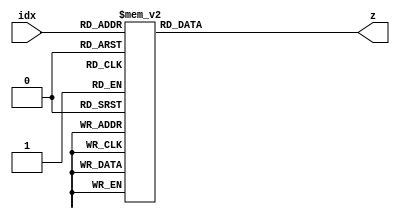
`timescale 1ns/100ps
////////////////////////////////////////////////////////////////
module idx2gf8(
       input [2:0] idx,
       output reg [2:0] z
       );
                                                                             
always @( * ) begin
  case (idx) 
	3'd  0: z = 3'd1;   
	3'd  1: z = 3'd2;  //a^0
	3'd  2: z = 3'd4;  //a^1
	3'd  3: z = 3'd3;
	3'd  4: z = 3'd6;
	3'd  5: z = 3'd7;
	3'd  6: z = 3'd5;
	3'd  7: z = 3'd1;
endcase
end
endmodule

////////////////////////////////////////////////////////////////
module idx2gf16(
       input [3:0] idx,
       output reg [3:0] z
       );
                                                                             
always @( * ) begin
  case (idx) 
	4'd  0: z = 4'd 1;   
	4'd  1: z = 4'd 2;  //a^0
	4'd  2: z = 4'd 4;  //a^1
	4'd  3: z = 4'd 8;
	4'd  4: z = 4'd 3;
	4'd  5: z = 4'd 6;
	4'd  6: z = 4'd12;
	4'd  7: z = 4'd11;
	4'd  8: z = 4'd 5;
	4'd  9: z = 4'd10;
	4'd 10: z = 4'd 7;
	4'd 11: z = 4'd14;
	4'd 12: z = 4'd15;
	4'd 13: z = 4'd13;
	4'd 14: z = 4'd 9;
	4'd 15: z = 4'd 1;
endcase
end
endmodule


////////////////////////////////////////////////////////////////
module idx2gf32(
       input [4:0] idx,
       output reg [4:0] z
       );
                                                                             
always @( * ) begin
  case (idx) 
	5'd  0: z = 5'd 1;   
	5'd  1: z = 5'd 2;  //a^0
	5'd  2: z = 5'd 4;  //a^1
	5'd  3: z = 5'd 8;
	5'd  4: z = 5'd16;
	5'd  5: z = 5'd 5;
	5'd  6: z = 5'd10;
	5'd  7: z = 5'd20;
	5'd  8: z = 5'd13;
	5'd  9: z = 5'd26;
	5'd 10: z = 5'd17;
	5'd 11: z = 5'd 7;
	5'd 12: z = 5'd14;
	5'd 13: z = 5'd28;
	5'd 14: z = 5'd29;
	5'd 15: z = 5'd31;
	5'd 16: z = 5'd27;
	5'd 17: z = 5'd19;
	5'd 18: z = 5'd 3;
	5'd 19: z = 5'd 6;
	5'd 20: z = 5'd12;
	5'd 21: z = 5'd24;
	5'd 22: z = 5'd21;
	5'd 23: z = 5'd15;
	5'd 24: z = 5'd30;
	5'd 25: z = 5'd25;
	5'd 26: z = 5'd23;
	5'd 27: z = 5'd11;
	5'd 28: z = 5'd22;
	5'd 29: z = 5'd 9;
	5'd 30: z = 5'd18;
	5'd 31: z = 5'd 1;
endcase
end
endmodule
 
////////////////////////////////////////////////////////////////
module idx2gf64(
       input [5:0] idx,
       output reg [5:0] z
       );
                                                                             
always @( * ) begin
  case (idx) 
	6'd  0: z = 6'd  1;   
	6'd  1: z = 6'd  2;  //a^0
	6'd  2: z = 6'd  4;  //a^1
	6'd  3: z = 6'd  8;
	6'd  4: z = 6'd 16;
	6'd  5: z = 6'd 32;
	6'd  6: z = 6'd  3;
	6'd  7: z = 6'd  6;
	6'd  8: z = 6'd 12;
	6'd  9: z = 6'd 24;
	6'd 10: z = 6'd 48;
	6'd 11: z = 6'd 35;
	6'd 12: z = 6'd  5;
	6'd 13: z = 6'd 10;
	6'd 14: z = 6'd 20;
	6'd 15: z = 6'd 40;
	6'd 16: z = 6'd 19;
	6'd 17: z = 6'd 38;
	6'd 18: z = 6'd 15;
	6'd 19: z = 6'd 30;
	6'd 20: z = 6'd 60;
	6'd 21: z = 6'd 59;
	6'd 22: z = 6'd 53;
	6'd 23: z = 6'd 41;
	6'd 24: z = 6'd 17;
	6'd 25: z = 6'd 34;
	6'd 26: z = 6'd  7;
	6'd 27: z = 6'd 14;
	6'd 28: z = 6'd 28;
	6'd 29: z = 6'd 56;
	6'd 30: z = 6'd 51;
	6'd 31: z = 6'd 37;
	6'd 32: z = 6'd  9;
	6'd 33: z = 6'd 18;
	6'd 34: z = 6'd 36;
	6'd 35: z = 6'd 11;
	6'd 36: z = 6'd 22;
	6'd 37: z = 6'd 44;
	6'd 38: z = 6'd 27;
	6'd 39: z = 6'd 54;
	6'd 40: z = 6'd 47;
	6'd 41: z = 6'd 29;
	6'd 42: z = 6'd 58;
	6'd 43: z = 6'd 55;
	6'd 44: z = 6'd 45;
	6'd 45: z = 6'd 25;
	6'd 46: z = 6'd 50;
	6'd 47: z = 6'd 39;
	6'd 48: z = 6'd 13;
	6'd 49: z = 6'd 26;
	6'd 50: z = 6'd 52;
	6'd 51: z = 6'd 43;
	6'd 52: z = 6'd 21;
	6'd 53: z = 6'd 42;
	6'd 54: z = 6'd 23;
	6'd 55: z = 6'd 46;
	6'd 56: z = 6'd 31;
	6'd 57: z = 6'd 62;
	6'd 58: z = 6'd 63;
	6'd 59: z = 6'd 61;
	6'd 60: z = 6'd 57;
	6'd 61: z = 6'd 49;
	6'd 62: z = 6'd 33;
	6'd 63: z = 6'd  1;

endcase
end
endmodule

////////////////////////////////////////////////////////////////
module idx2gf128(
       input [6:0] idx,
       output reg [6:0] z
       );
                                                                             
always @( * ) begin
  case (idx) 
	7'd  0: z = 7'd  1;   
	7'd  1: z = 7'd  2;  //a^0
	7'd  2: z = 7'd  4;  //a^1
	7'd  3: z = 7'd  8;
	7'd  4: z = 7'd 16;
	7'd  5: z = 7'd 32;
	7'd  6: z = 7'd 64;
	7'd  7: z = 7'd  9;
	7'd  8: z = 7'd 18;
	7'd  9: z = 7'd 36;
	7'd 10: z = 7'd 72;
	7'd 11: z = 7'd 25;
	7'd 12: z = 7'd 50;
	7'd 13: z = 7'd100;
	7'd 14: z = 7'd 65;
	7'd 15: z = 7'd 11;
	7'd 16: z = 7'd 22;
	7'd 17: z = 7'd 44;
	7'd 18: z = 7'd 88;
	7'd 19: z = 7'd 57;
	7'd 20: z = 7'd114;
	7'd 21: z = 7'd109;
	7'd 22: z = 7'd 83;
	7'd 23: z = 7'd 47;
	7'd 24: z = 7'd 94;
	7'd 25: z = 7'd 53;
	7'd 26: z = 7'd106;
	7'd 27: z = 7'd 93;
	7'd 28: z = 7'd 51;
	7'd 29: z = 7'd102;
	7'd 30: z = 7'd 69;
	7'd 31: z = 7'd  3;
	7'd 32: z = 7'd  6;
	7'd 33: z = 7'd 12;
	7'd 34: z = 7'd 24;
	7'd 35: z = 7'd 48;
	7'd 36: z = 7'd 96;
	7'd 37: z = 7'd 73;
	7'd 38: z = 7'd 27;
	7'd 39: z = 7'd 54;
	7'd 40: z = 7'd108;
	7'd 41: z = 7'd 81;
	7'd 42: z = 7'd 43;
	7'd 43: z = 7'd 86;
	7'd 44: z = 7'd 37;
	7'd 45: z = 7'd 74;
	7'd 46: z = 7'd 29;
	7'd 47: z = 7'd 58;
	7'd 48: z = 7'd116;
	7'd 49: z = 7'd 97;
	7'd 50: z = 7'd 75;
	7'd 51: z = 7'd 31;
	7'd 52: z = 7'd 62;
	7'd 53: z = 7'd124;
	7'd 54: z = 7'd113;
	7'd 55: z = 7'd107;
	7'd 56: z = 7'd 95;
	7'd 57: z = 7'd 55;
	7'd 58: z = 7'd110;
	7'd 59: z = 7'd 85;
	7'd 60: z = 7'd 35;
	7'd 61: z = 7'd 70;
	7'd 62: z = 7'd  5;
	7'd 63: z = 7'd 10;
	7'd 64: z = 7'd 20;
	7'd 65: z = 7'd 40;
	7'd 66: z = 7'd 80;
	7'd 67: z = 7'd 41;
	7'd 68: z = 7'd 82;
	7'd 69: z = 7'd 45;
	7'd 70: z = 7'd 90;
	7'd 71: z = 7'd 61;
	7'd 72: z = 7'd122;
	7'd 73: z = 7'd125;
	7'd 74: z = 7'd115;
	7'd 75: z = 7'd111;
	7'd 76: z = 7'd 87;
	7'd 77: z = 7'd 39;
	7'd 78: z = 7'd 78;
	7'd 79: z = 7'd 21;
	7'd 80: z = 7'd 42;
	7'd 81: z = 7'd 84;
	7'd 82: z = 7'd 33;
	7'd 83: z = 7'd 66;
	7'd 84: z = 7'd 13;
	7'd 85: z = 7'd 26;
	7'd 86: z = 7'd 52;
	7'd 87: z = 7'd104;
	7'd 88: z = 7'd 89;
	7'd 89: z = 7'd 59;
	7'd 90: z = 7'd118;
	7'd 91: z = 7'd101;
	7'd 92: z = 7'd 67;
	7'd 93: z = 7'd 15;
	7'd 94: z = 7'd 30;
	7'd 95: z = 7'd 60;
	7'd 96: z = 7'd120;
	7'd 97: z = 7'd121;
	7'd 98: z = 7'd123;
	7'd 99: z = 7'd127;
	7'd100: z = 7'd119;
	7'd101: z = 7'd103;
	7'd102: z = 7'd 71;
	7'd103: z = 7'd  7;
	7'd104: z = 7'd 14;
	7'd105: z = 7'd 28;
	7'd106: z = 7'd 56;
	7'd107: z = 7'd112;
	7'd108: z = 7'd105;
	7'd109: z = 7'd 91;
	7'd110: z = 7'd 63;
	7'd111: z = 7'd126;
	7'd112: z = 7'd117;
	7'd113: z = 7'd 99;
	7'd114: z = 7'd 79;
	7'd115: z = 7'd 23;
	7'd116: z = 7'd 46;
	7'd117: z = 7'd 92;
	7'd118: z = 7'd 49;
	7'd119: z = 7'd 98;
	7'd120: z = 7'd 77;
	7'd121: z = 7'd 19;
	7'd122: z = 7'd 38;
	7'd123: z = 7'd 76;
	7'd124: z = 7'd 17;
	7'd125: z = 7'd 34;
	7'd126: z = 7'd 68;
	7'd127: z = 7'd  1;
endcase
end
endmodule
 


////////////////////////////////////////////////////////////////
module idx2gf256(
       input [7:0] idx,
       output reg [7:0] z
       );
                                                                             
always @( * ) begin
  case (idx) 
	8'd  0: z = 8'd  1;   
	8'd  1: z = 8'd  2;  //a^0
	8'd  2: z = 8'd  4;  //a^1
	8'd  3: z = 8'd  8;
	8'd  4: z = 8'd 16;
	8'd  5: z = 8'd 32;
	8'd  6: z = 8'd 64;
	8'd  7: z = 8'd128;
	8'd  8: z = 8'd 29;
	8'd  9: z = 8'd 58;
	8'd 10: z = 8'd116;
	8'd 11: z = 8'd232;
	8'd 12: z = 8'd205;
	8'd 13: z = 8'd135;
	8'd 14: z = 8'd 19;
	8'd 15: z = 8'd 38;
	8'd 16: z = 8'd 76;
	8'd 17: z = 8'd152;
	8'd 18: z = 8'd 45;
	8'd 19: z = 8'd 90;
	8'd 20: z = 8'd180;
	8'd 21: z = 8'd117;
	8'd 22: z = 8'd234;
	8'd 23: z = 8'd201;
	8'd 24: z = 8'd143;
	8'd 25: z = 8'd  3;
	8'd 26: z = 8'd  6;
	8'd 27: z = 8'd 12;
	8'd 28: z = 8'd 24;
	8'd 29: z = 8'd 48;
	8'd 30: z = 8'd 96;
	8'd 31: z = 8'd192;
	8'd 32: z = 8'd157;
	8'd 33: z = 8'd 39;
	8'd 34: z = 8'd 78;
	8'd 35: z = 8'd156;
	8'd 36: z = 8'd 37;
	8'd 37: z = 8'd 74;
	8'd 38: z = 8'd148;
	8'd 39: z = 8'd 53;
	8'd 40: z = 8'd106;
	8'd 41: z = 8'd212;
	8'd 42: z = 8'd181;
	8'd 43: z = 8'd119;
	8'd 44: z = 8'd238;
	8'd 45: z = 8'd193;
	8'd 46: z = 8'd159;
	8'd 47: z = 8'd 35;
	8'd 48: z = 8'd 70;
	8'd 49: z = 8'd140;
	8'd 50: z = 8'd  5;
	8'd 51: z = 8'd 10;
	8'd 52: z = 8'd 20;
	8'd 53: z = 8'd 40;
	8'd 54: z = 8'd 80;
	8'd 55: z = 8'd160;
	8'd 56: z = 8'd 93;
	8'd 57: z = 8'd186;
	8'd 58: z = 8'd105;
	8'd 59: z = 8'd210;
	8'd 60: z = 8'd185;
	8'd 61: z = 8'd111;
	8'd 62: z = 8'd222;
	8'd 63: z = 8'd161;
	8'd 64: z = 8'd 95;
	8'd 65: z = 8'd190;
	8'd 66: z = 8'd 97;
	8'd 67: z = 8'd194;
	8'd 68: z = 8'd153;
	8'd 69: z = 8'd 47;
	8'd 70: z = 8'd 94;
	8'd 71: z = 8'd188;
	8'd 72: z = 8'd101;
	8'd 73: z = 8'd202;
	8'd 74: z = 8'd137;
	8'd 75: z = 8'd 15;
	8'd 76: z = 8'd 30;
	8'd 77: z = 8'd 60;
	8'd 78: z = 8'd120;
	8'd 79: z = 8'd240;
	8'd 80: z = 8'd253;
	8'd 81: z = 8'd231;
	8'd 82: z = 8'd211;
	8'd 83: z = 8'd187;
	8'd 84: z = 8'd107;
	8'd 85: z = 8'd214;
	8'd 86: z = 8'd177;
	8'd 87: z = 8'd127;
	8'd 88: z = 8'd254;
	8'd 89: z = 8'd225;
	8'd 90: z = 8'd223;
	8'd 91: z = 8'd163;
	8'd 92: z = 8'd 91;
	8'd 93: z = 8'd182;
	8'd 94: z = 8'd113;
	8'd 95: z = 8'd226;
	8'd 96: z = 8'd217;
	8'd 97: z = 8'd175;
	8'd 98: z = 8'd 67;
	8'd 99: z = 8'd134;
	8'd100: z = 8'd 17;
	8'd101: z = 8'd 34;
	8'd102: z = 8'd 68;
	8'd103: z = 8'd136;
	8'd104: z = 8'd 13;
	8'd105: z = 8'd 26;
	8'd106: z = 8'd 52;
	8'd107: z = 8'd104;
	8'd108: z = 8'd208;
	8'd109: z = 8'd189;
	8'd110: z = 8'd103;
	8'd111: z = 8'd206;
	8'd112: z = 8'd129;
	8'd113: z = 8'd 31;
	8'd114: z = 8'd 62;
	8'd115: z = 8'd124;
	8'd116: z = 8'd248;
	8'd117: z = 8'd237;
	8'd118: z = 8'd199;
	8'd119: z = 8'd147;
	8'd120: z = 8'd 59;
	8'd121: z = 8'd118;
	8'd122: z = 8'd236;
	8'd123: z = 8'd197;
	8'd124: z = 8'd151;
	8'd125: z = 8'd 51;
	8'd126: z = 8'd102;
	8'd127: z = 8'd204;
	8'd128: z = 8'd133;
	8'd129: z = 8'd 23;
	8'd130: z = 8'd 46;
	8'd131: z = 8'd 92;
	8'd132: z = 8'd184;
	8'd133: z = 8'd109;
	8'd134: z = 8'd218;
	8'd135: z = 8'd169;
	8'd136: z = 8'd 79;
	8'd137: z = 8'd158;
	8'd138: z = 8'd 33;
	8'd139: z = 8'd 66;
	8'd140: z = 8'd132;
	8'd141: z = 8'd 21;
	8'd142: z = 8'd 42;
	8'd143: z = 8'd 84;
	8'd144: z = 8'd168;
	8'd145: z = 8'd 77;
	8'd146: z = 8'd154;
	8'd147: z = 8'd 41;
	8'd148: z = 8'd 82;
	8'd149: z = 8'd164;
	8'd150: z = 8'd 85;
	8'd151: z = 8'd170;
	8'd152: z = 8'd 73;
	8'd153: z = 8'd146;
	8'd154: z = 8'd 57;
	8'd155: z = 8'd114;
	8'd156: z = 8'd228;
	8'd157: z = 8'd213;
	8'd158: z = 8'd183;
	8'd159: z = 8'd115;
	8'd160: z = 8'd230;
	8'd161: z = 8'd209;
	8'd162: z = 8'd191;
	8'd163: z = 8'd 99;
	8'd164: z = 8'd198;
	8'd165: z = 8'd145;
	8'd166: z = 8'd 63;
	8'd167: z = 8'd126;
	8'd168: z = 8'd252;
	8'd169: z = 8'd229;
	8'd170: z = 8'd215;
	8'd171: z = 8'd179;
	8'd172: z = 8'd123;
	8'd173: z = 8'd246;
	8'd174: z = 8'd241;
	8'd175: z = 8'd255;
	8'd176: z = 8'd227;
	8'd177: z = 8'd219;
	8'd178: z = 8'd171;
	8'd179: z = 8'd 75;
	8'd180: z = 8'd150;
	8'd181: z = 8'd 49;
	8'd182: z = 8'd 98;
	8'd183: z = 8'd196;
	8'd184: z = 8'd149;
	8'd185: z = 8'd 55;
	8'd186: z = 8'd110;
	8'd187: z = 8'd220;
	8'd188: z = 8'd165;
	8'd189: z = 8'd 87;
	8'd190: z = 8'd174;
	8'd191: z = 8'd 65;
	8'd192: z = 8'd130;
	8'd193: z = 8'd 25;
	8'd194: z = 8'd 50;
	8'd195: z = 8'd100;
	8'd196: z = 8'd200;
	8'd197: z = 8'd141;
	8'd198: z = 8'd  7;
	8'd199: z = 8'd 14;
	8'd200: z = 8'd 28;
	8'd201: z = 8'd 56;
	8'd202: z = 8'd112;
	8'd203: z = 8'd224;
	8'd204: z = 8'd221;
	8'd205: z = 8'd167;
	8'd206: z = 8'd 83;
	8'd207: z = 8'd166;
	8'd208: z = 8'd 81;
	8'd209: z = 8'd162;
	8'd210: z = 8'd 89;
	8'd211: z = 8'd178;
	8'd212: z = 8'd121;
	8'd213: z = 8'd242;
	8'd214: z = 8'd249;
	8'd215: z = 8'd239;
	8'd216: z = 8'd195;
	8'd217: z = 8'd155;
	8'd218: z = 8'd 43;
	8'd219: z = 8'd 86;
	8'd220: z = 8'd172;
	8'd221: z = 8'd 69;
	8'd222: z = 8'd138;
	8'd223: z = 8'd  9;
	8'd224: z = 8'd 18;
	8'd225: z = 8'd 36;
	8'd226: z = 8'd 72;
	8'd227: z = 8'd144;
	8'd228: z = 8'd 61;
	8'd229: z = 8'd122;
	8'd230: z = 8'd244;
	8'd231: z = 8'd245;
	8'd232: z = 8'd247;
	8'd233: z = 8'd243;
	8'd234: z = 8'd251;
	8'd235: z = 8'd235;
	8'd236: z = 8'd203;
	8'd237: z = 8'd139;
	8'd238: z = 8'd 11;
	8'd239: z = 8'd 22;
	8'd240: z = 8'd 44;
	8'd241: z = 8'd 88;
	8'd242: z = 8'd176;
	8'd243: z = 8'd125;
	8'd244: z = 8'd250;
	8'd245: z = 8'd233;
	8'd246: z = 8'd207;
	8'd247: z = 8'd131;
	8'd248: z = 8'd 27;
	8'd249: z = 8'd 54;
	8'd250: z = 8'd108;
	8'd251: z = 8'd216;
	8'd252: z = 8'd173;
	8'd253: z = 8'd 71;
	8'd254: z = 8'd142;
	8'd255: z = 8'd1  ;
endcase
end


endmodule